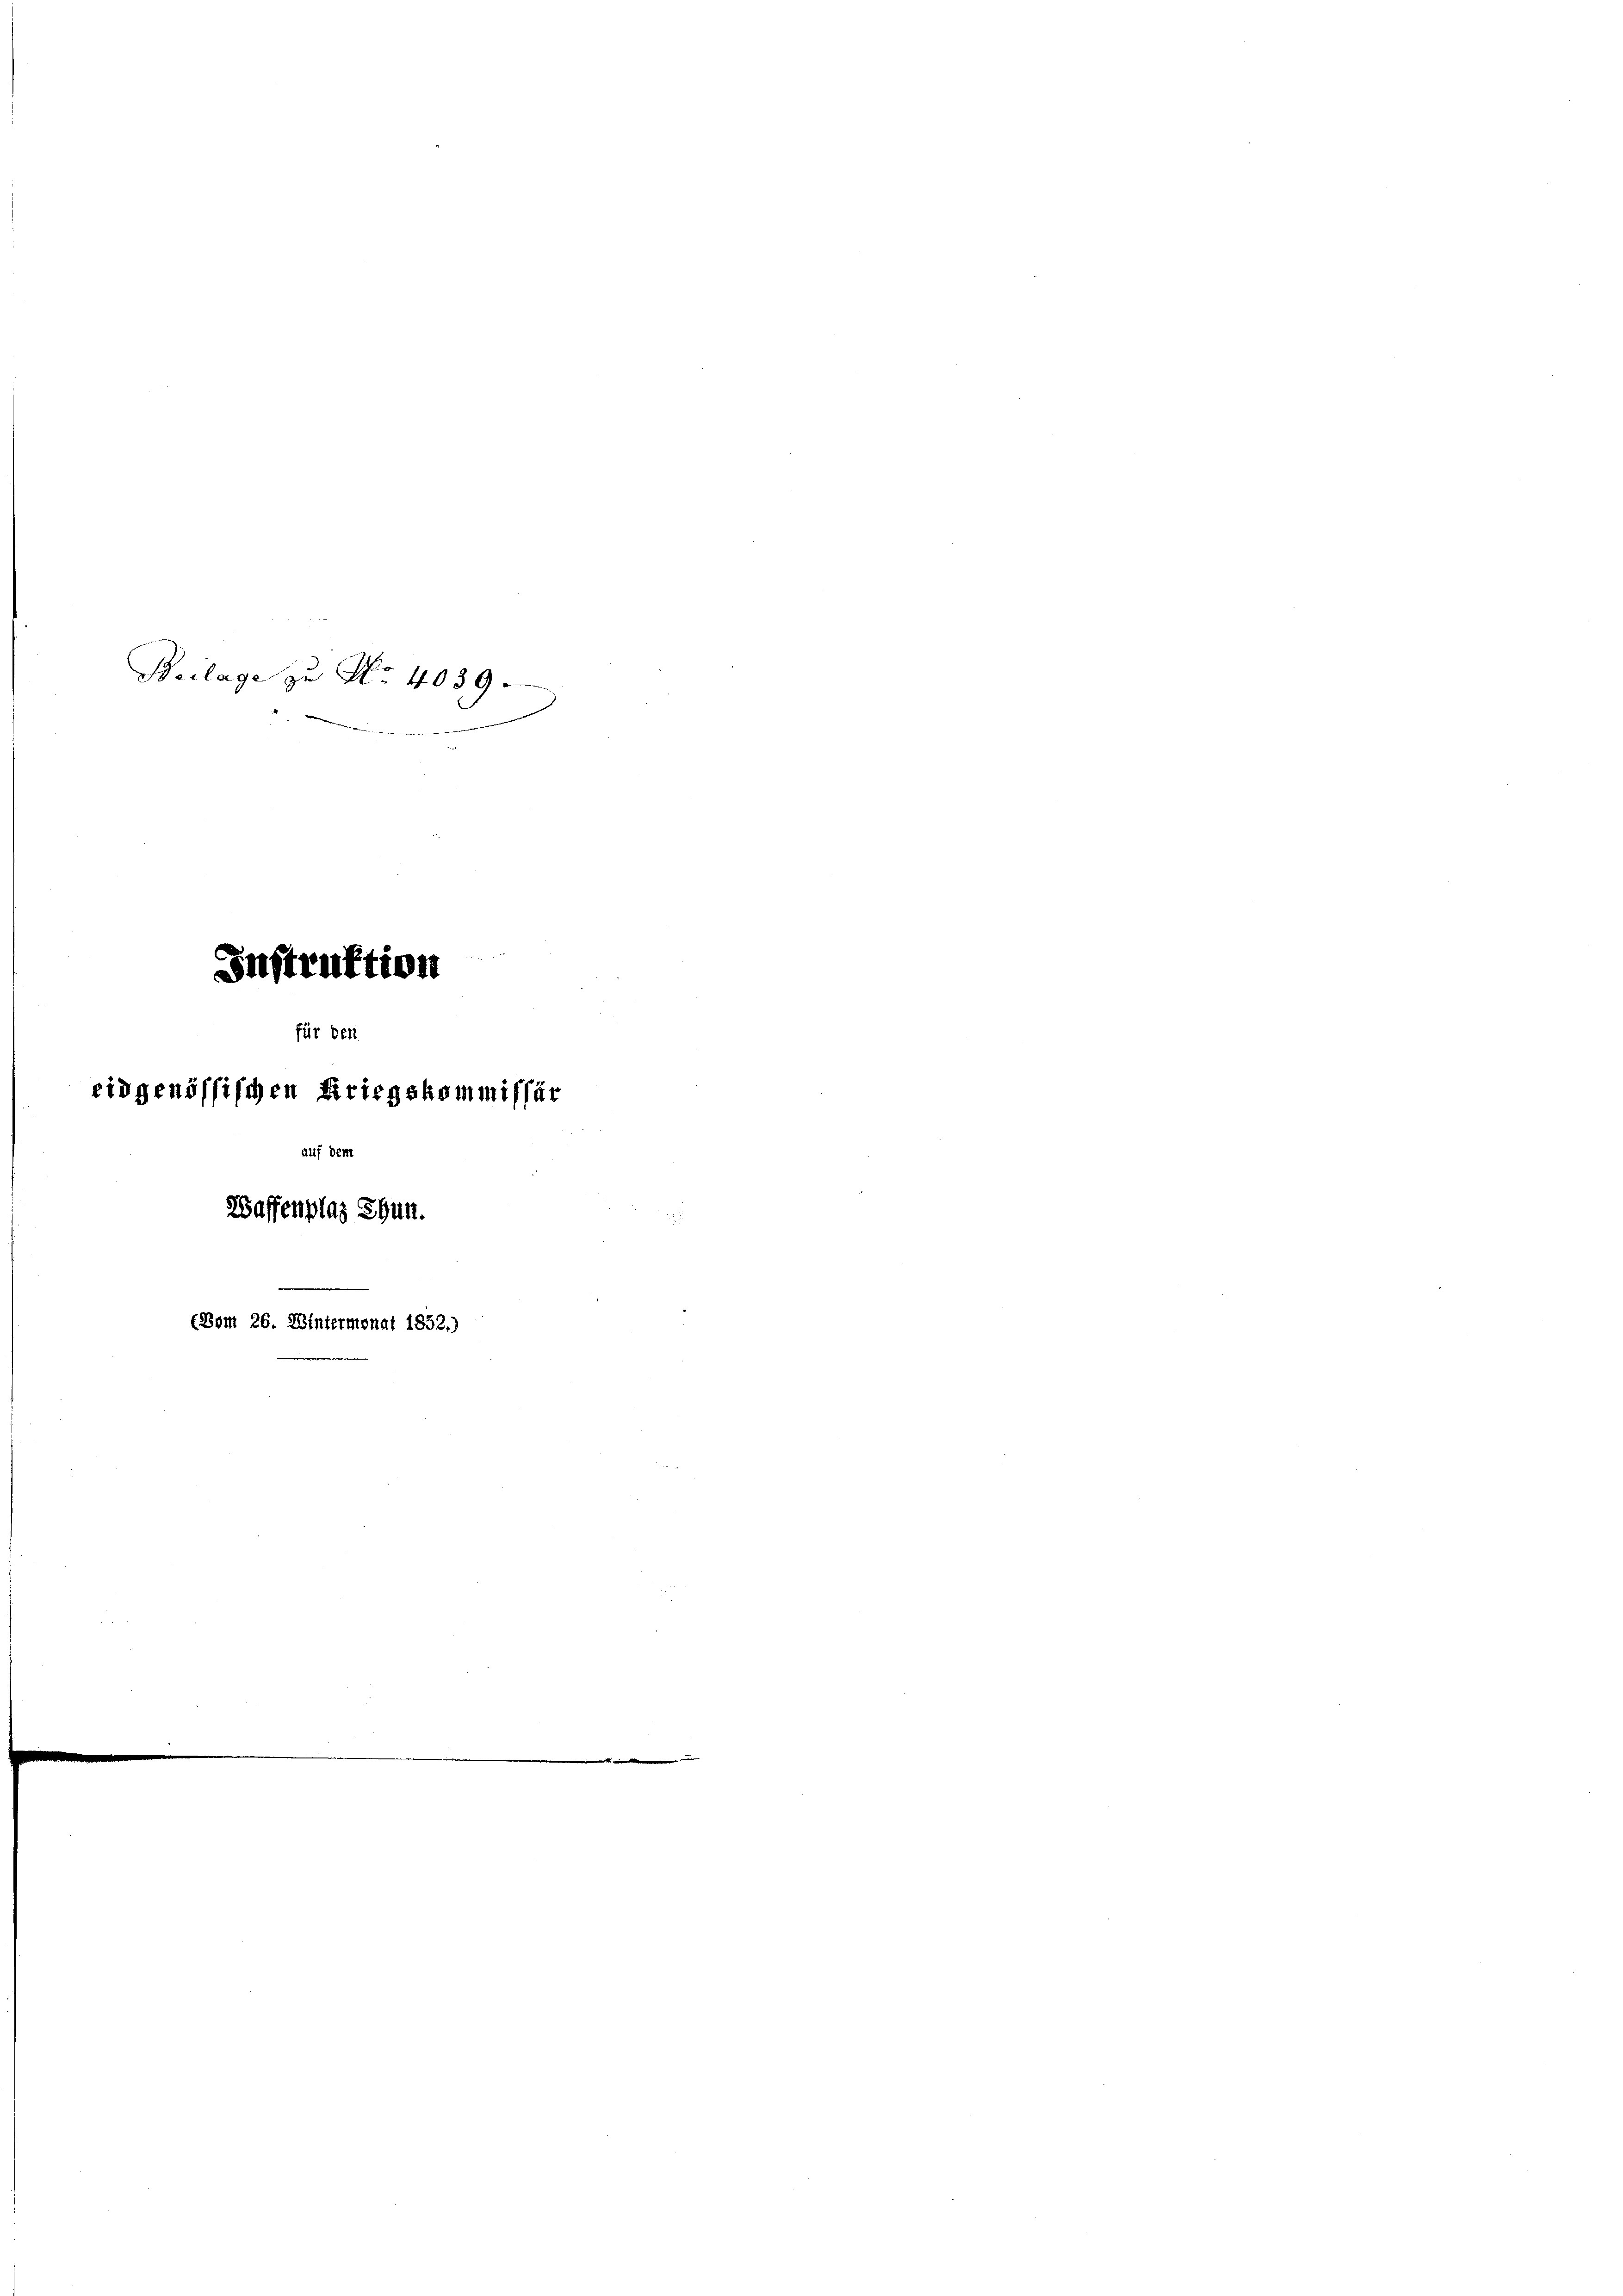
d
e
Instruktion
für den
eidgenössischen Kriegskommissär
auf d
Waffenplaz Thun.
(Bom 26. Wintermonat 1852.)

Beilage zu No 4039.